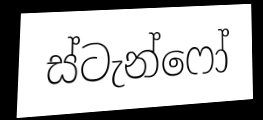
ස්ටැන්ෆෝ